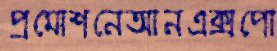
প্রমোশনেআনএক্সপো